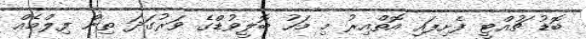
ބޮޑު ޗުއްޓީ ފެށިފައި އޮތްއިރު މި މަހު ބޮލީވުޑްގެ ވަރުގަދަ ތިން ފިލްމެއް